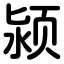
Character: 颍